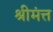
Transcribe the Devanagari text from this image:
श्रीमंत्त